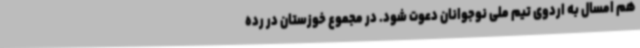
هم امسال به اردوی تیم ملی نوجوانان دعوت شود. در مجموع خوزستان در رده